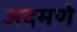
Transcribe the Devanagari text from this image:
अदमणे